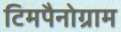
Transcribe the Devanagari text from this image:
टिमपैनोग्राम